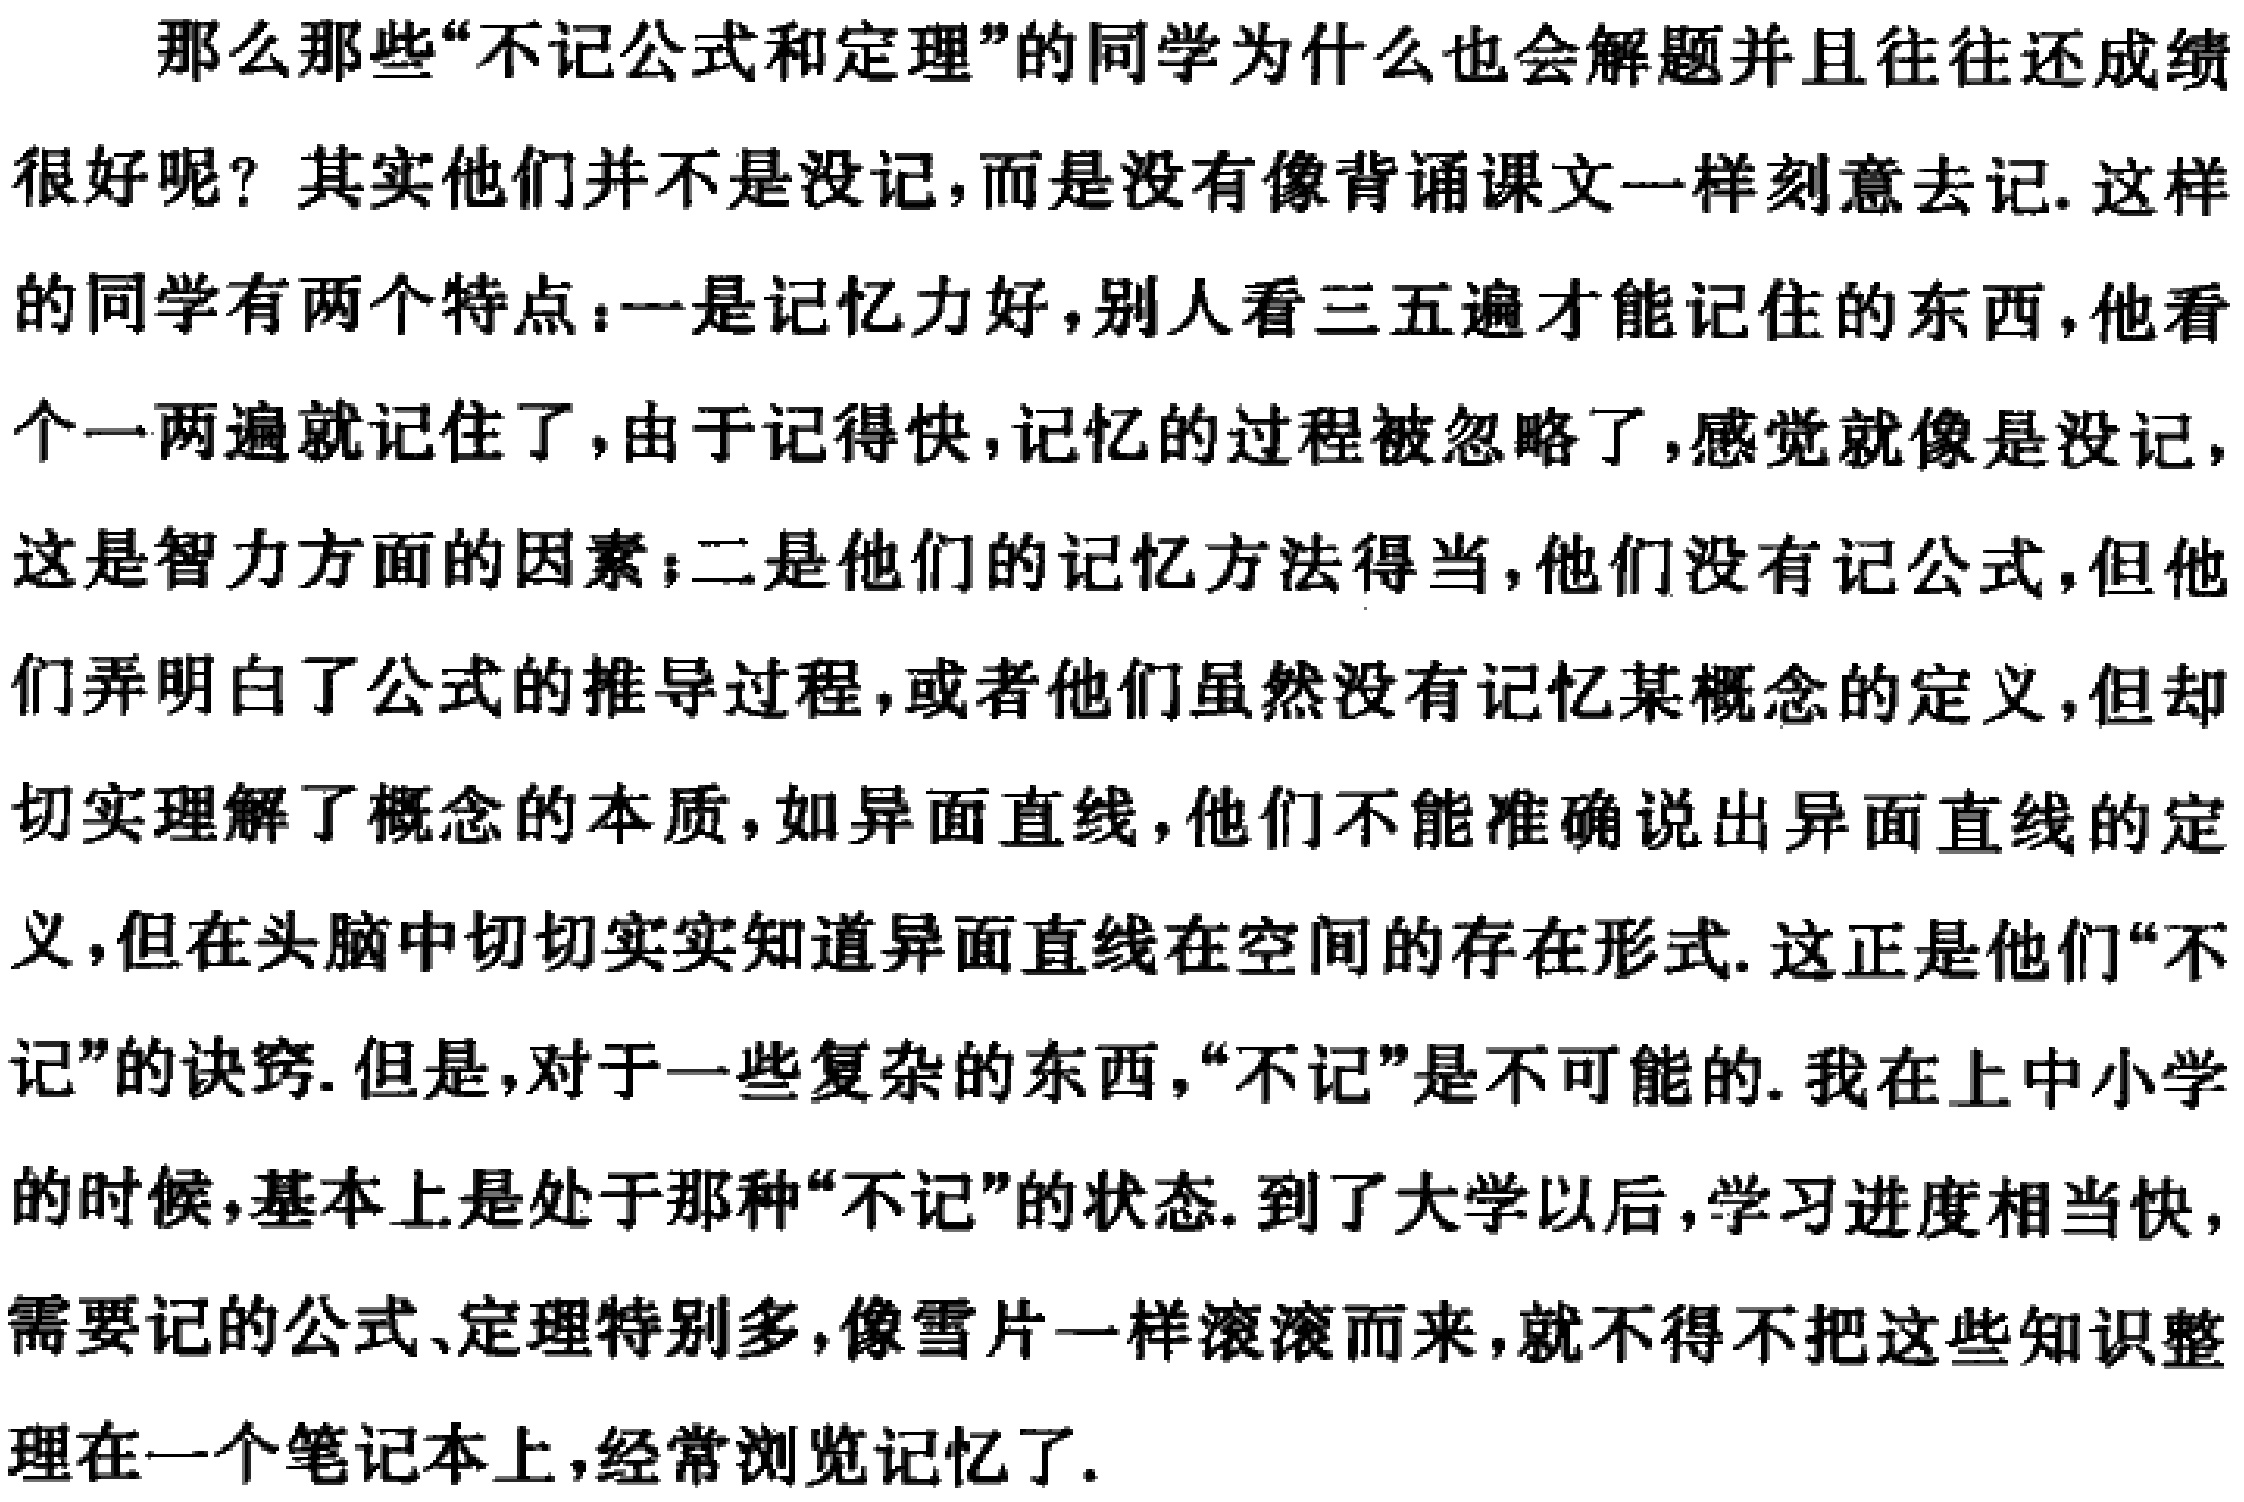
那么那些“不记公式和定理”的同学为什么也会解题并且往往还成绩

很好呢？其实他们并不是没记,而是没有像背诵课文一样刻意去记.这样

的同学有两个特点：一是记忆力好,别人看三五遍才能记住的东西, 他看

个一两遍就记住了,由于记得快,记忆的过程被忽略了,感觉就像是没记,

这是智力方面的因素；二是他们的记忆方法得当,他们没有记公式,但他

们弄明白了公式的推导过程,或者他们虽然没有记忆某概念的定义,但却

切实理解了概念的本质,如异面直线,他们不能准确说出异面直线的定

义,但在头脑中切切实实知道异面直线在空间的存在形式. 这正是他们“不

记”的诀窍.但是,对于一些复杂的东西,“不记”是不可能的. 我在上中小学

的时候,基本上是处于那种“不记”的状态.到了大学以后,学习进度相当快,

需要记的公式、定理特别多,像雪片一样滚滚而来,就不得不把这些知识整

理在一个笔记本上,经常浏览记忆了.